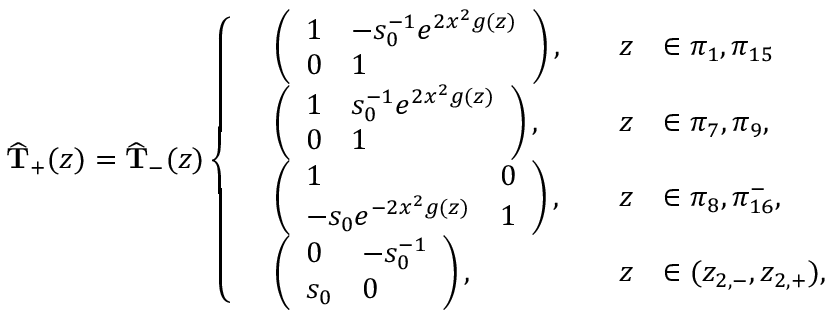
\widehat { \mathbf { T } } _ { + } ( z ) = \widehat { \mathbf { T } } _ { - } ( z ) \left\{ \begin{array} { r l r l } & { \left( \begin{array} { l l } { 1 } & { - s _ { 0 } ^ { - 1 } e ^ { 2 x ^ { 2 } g ( z ) } } \\ { 0 } & { 1 } \end{array} \right) , \quad } & { z } & { \in \pi _ { 1 } , \pi _ { 1 5 } } \\ & { \left( \begin{array} { l l } { 1 } & { s _ { 0 } ^ { - 1 } e ^ { 2 x ^ { 2 } g ( z ) } } \\ { 0 } & { 1 } \end{array} \right) , \quad } & { z } & { \in \pi _ { 7 } , \pi _ { 9 } , } \\ & { \left( \begin{array} { l l } { 1 } & { 0 } \\ { - s _ { 0 } e ^ { - 2 x ^ { 2 } g ( z ) } } & { 1 } \end{array} \right) , \quad } & { z } & { \in \pi _ { 8 } , \pi _ { 1 6 } ^ { - } , } \\ & { \left( \begin{array} { l l } { 0 } & { - s _ { 0 } ^ { - 1 } } \\ { s _ { 0 } } & { 0 } \end{array} \right) , \quad } & { z } & { \in ( z _ { 2 , - } , z _ { 2 , + } ) , } \end{array} \right.